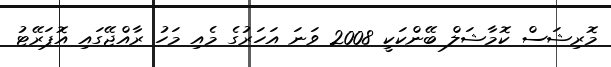
މޮރިޝަސް ކޮމާޝަލް ބޭންކަކީ 2008 ވަނަ އަހަރުގެ މެއި މަހު ރާއްޖޭގައި އޮޕަރޭޓު